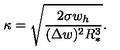
\kappa = \sqrt { \frac { 2 \sigma w _ { h } } { ( \Delta w ) ^ { 2 } R _ { * } ^ { 3 } } } .